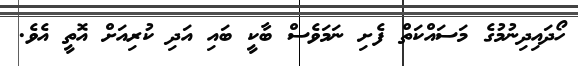
ހޯދައިދިނުމުގެ މަސައްކަތް ފެށި ނަމަވެސް ބާކީ ބައި އަދި ކުރިއަށް އޮތީ އެވެ.